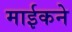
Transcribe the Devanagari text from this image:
माईकने